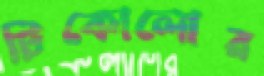
টিকোলোর